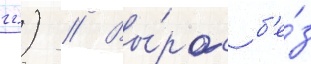
гг.) // Вы́рос б'е́з